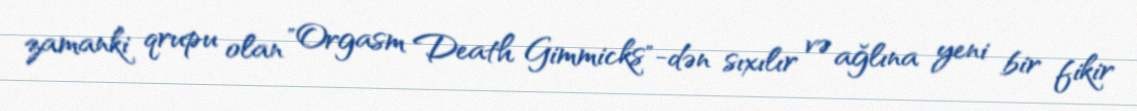
zamanki qrupu olan "Orgasm Death Gimmicks"-dən sıxılır və ağlına yeni bir fikir